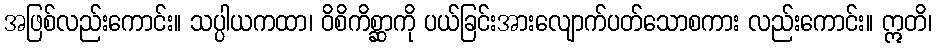
အဖြစ်လည်းကောင်း။ သပ္ပါယကထာ၊ ဝိစိကိစ္ဆာကို ပယ်ခြင်းအားလျောက်ပတ်သောစကား လည်းကောင်း။ ဣတိ၊